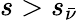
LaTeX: s>s_{\bar{\nu}}